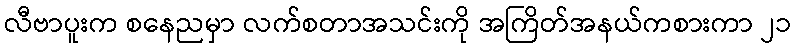
လီဗာပူးက စနေညမှာ လက်စတာအသင်းကို အကြိတ်အနယ်ကစားကာ ၂၁